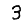
Digit: 3